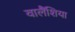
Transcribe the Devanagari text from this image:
वालैंशिया